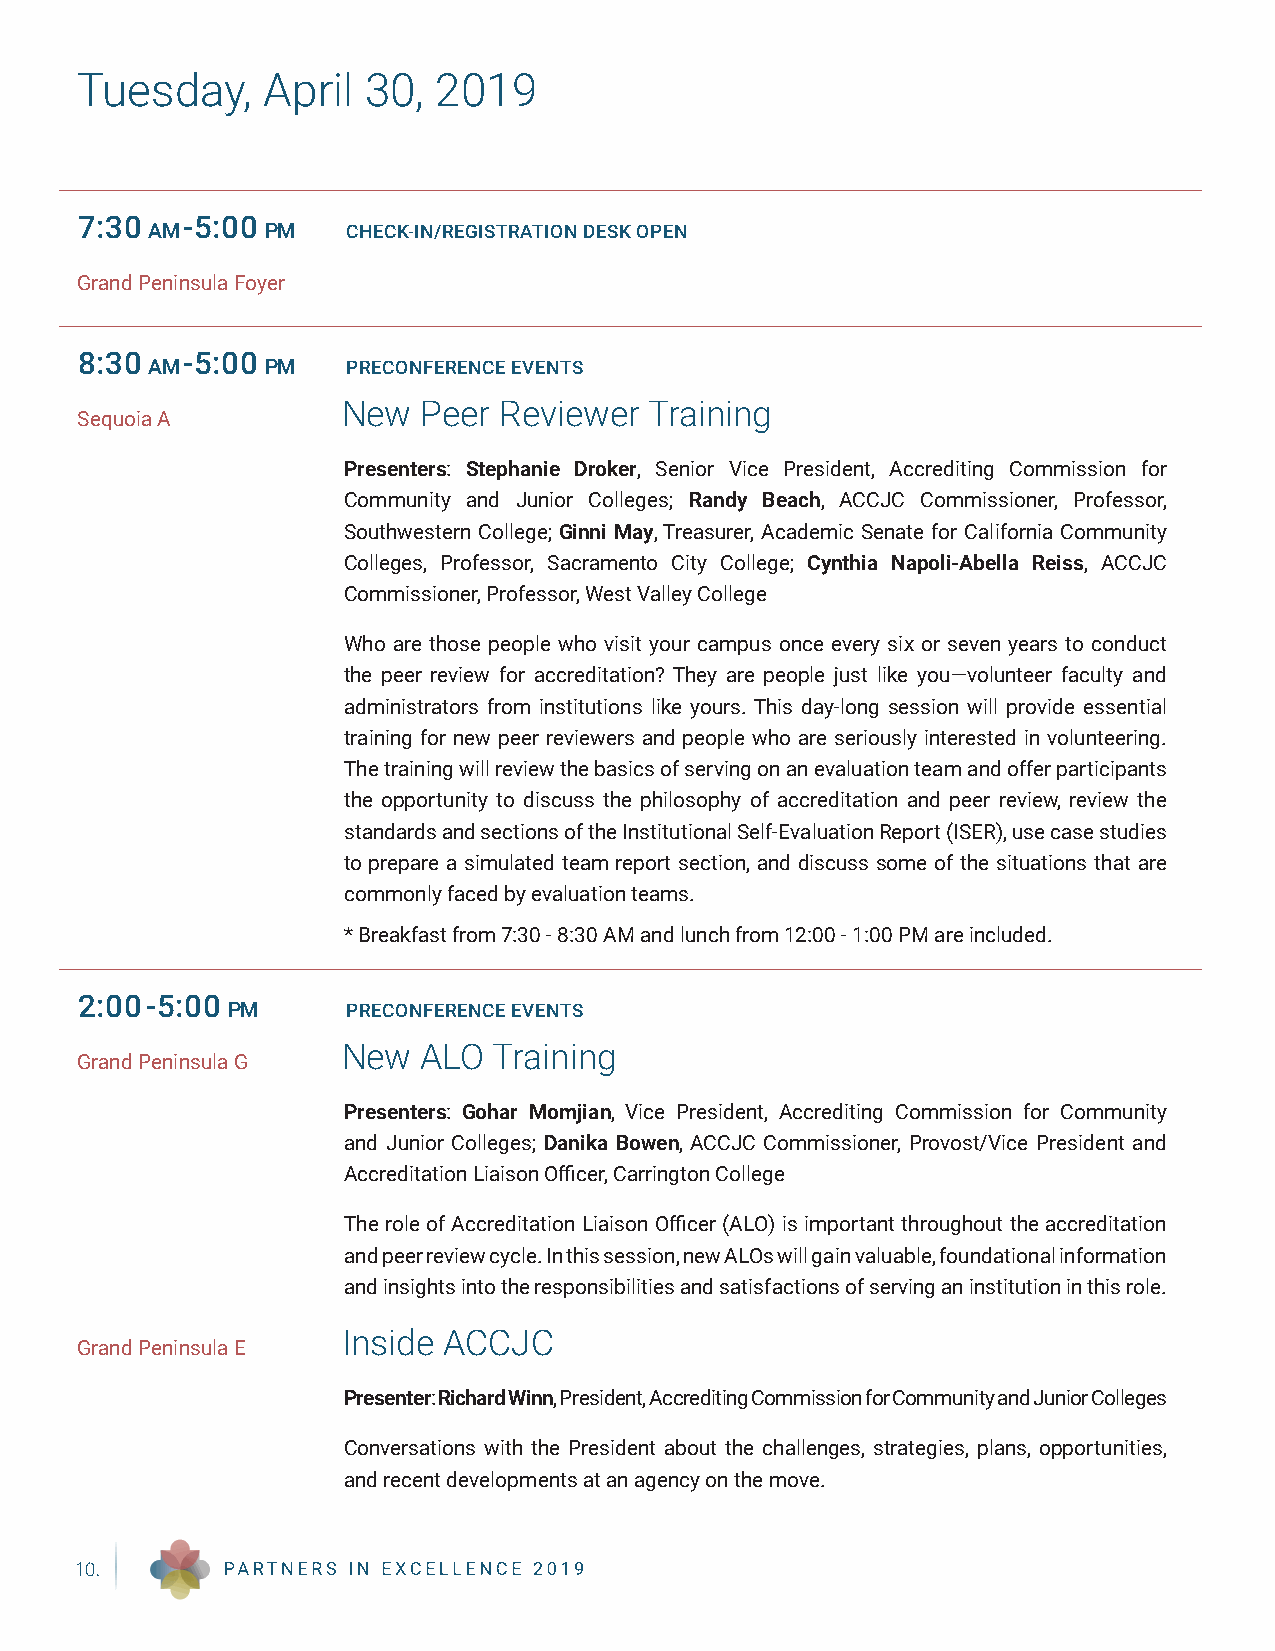
Tuesday,    April  30,  2019
 7:30   -5:00
 AM      PM   CHECK-IN/REGISTRATION DESK OPEN
 Grand Peninsula Foyer
 8:30   -5:00
 AM      PM   PRECONFERENCE EVENTS
 New  Peer Reviewer  Training
 Sequoia A
 Presenters: Stephanie Droker, Senior Vice President, Accrediting Commission for
 Community and Junior Colleges; Randy Beach, ACCJC Commissioner, Professor,
 Southwestern College; Ginni May, Treasurer, Academic Senate for California Community
 Colleges, Professor, Sacramento City College; Cynthia Napoli-Abella Reiss, ACCJC
 Commissioner, Professor, West Valley College
 Who are those people who visit your campus once every six or seven years to conduct
 the peer review for accreditation? They are people just like you—volunteer faculty and
 administrators from institutions like yours. This day-long session will provide essential
 training for new peer reviewers and people who are seriously interested in volunteering.
 The training will review the basics of serving on an evaluation team and offer participants
 the opportunity to discuss the philosophy of accreditation and peer review, review the
 standards and sections of the Institutional Self-Evaluation Report (ISER), use case studies
 to prepare a simulated team report section, and discuss some of the situations that are
 commonly faced by evaluation teams.
 * Breakfast from 7:30 - 8:30 AM and lunch from 12:00 - 1:00 PM are included.
 2:00-5:00
 PM      PRECONFERENCE EVENTS
 New  ALO  Training
 Grand Peninsula G
 Presenters: Gohar Momjian, Vice President, Accrediting Commission for Community
 and Junior Colleges; Danika Bowen, ACCJC Commissioner, Provost/Vice President and
 Accreditation Liaison Officer, Carrington College
 The role of Accreditation Liaison Officer (ALO) is important throughout the accreditation
 and peer review cycle. In this session, new ALOs will gain valuable, foundational information
 and insights into the responsibilities and satisfactions of serving an institution in this role.
 Inside ACCJC
 Grand Peninsula E
 Presenter: Richard Winn, President, Accrediting Commission for Community and Junior Colleges
 Conversations with the President about the challenges, strategies, plans, opportunities,
 and recent developments at an agency on the move.
 10.